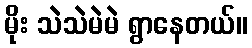
မိုး သဲသဲမဲမဲ ရွာနေတယ်။